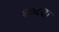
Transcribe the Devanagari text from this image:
१०८वा